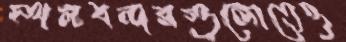
স্থলবন্দরগুলোতেও